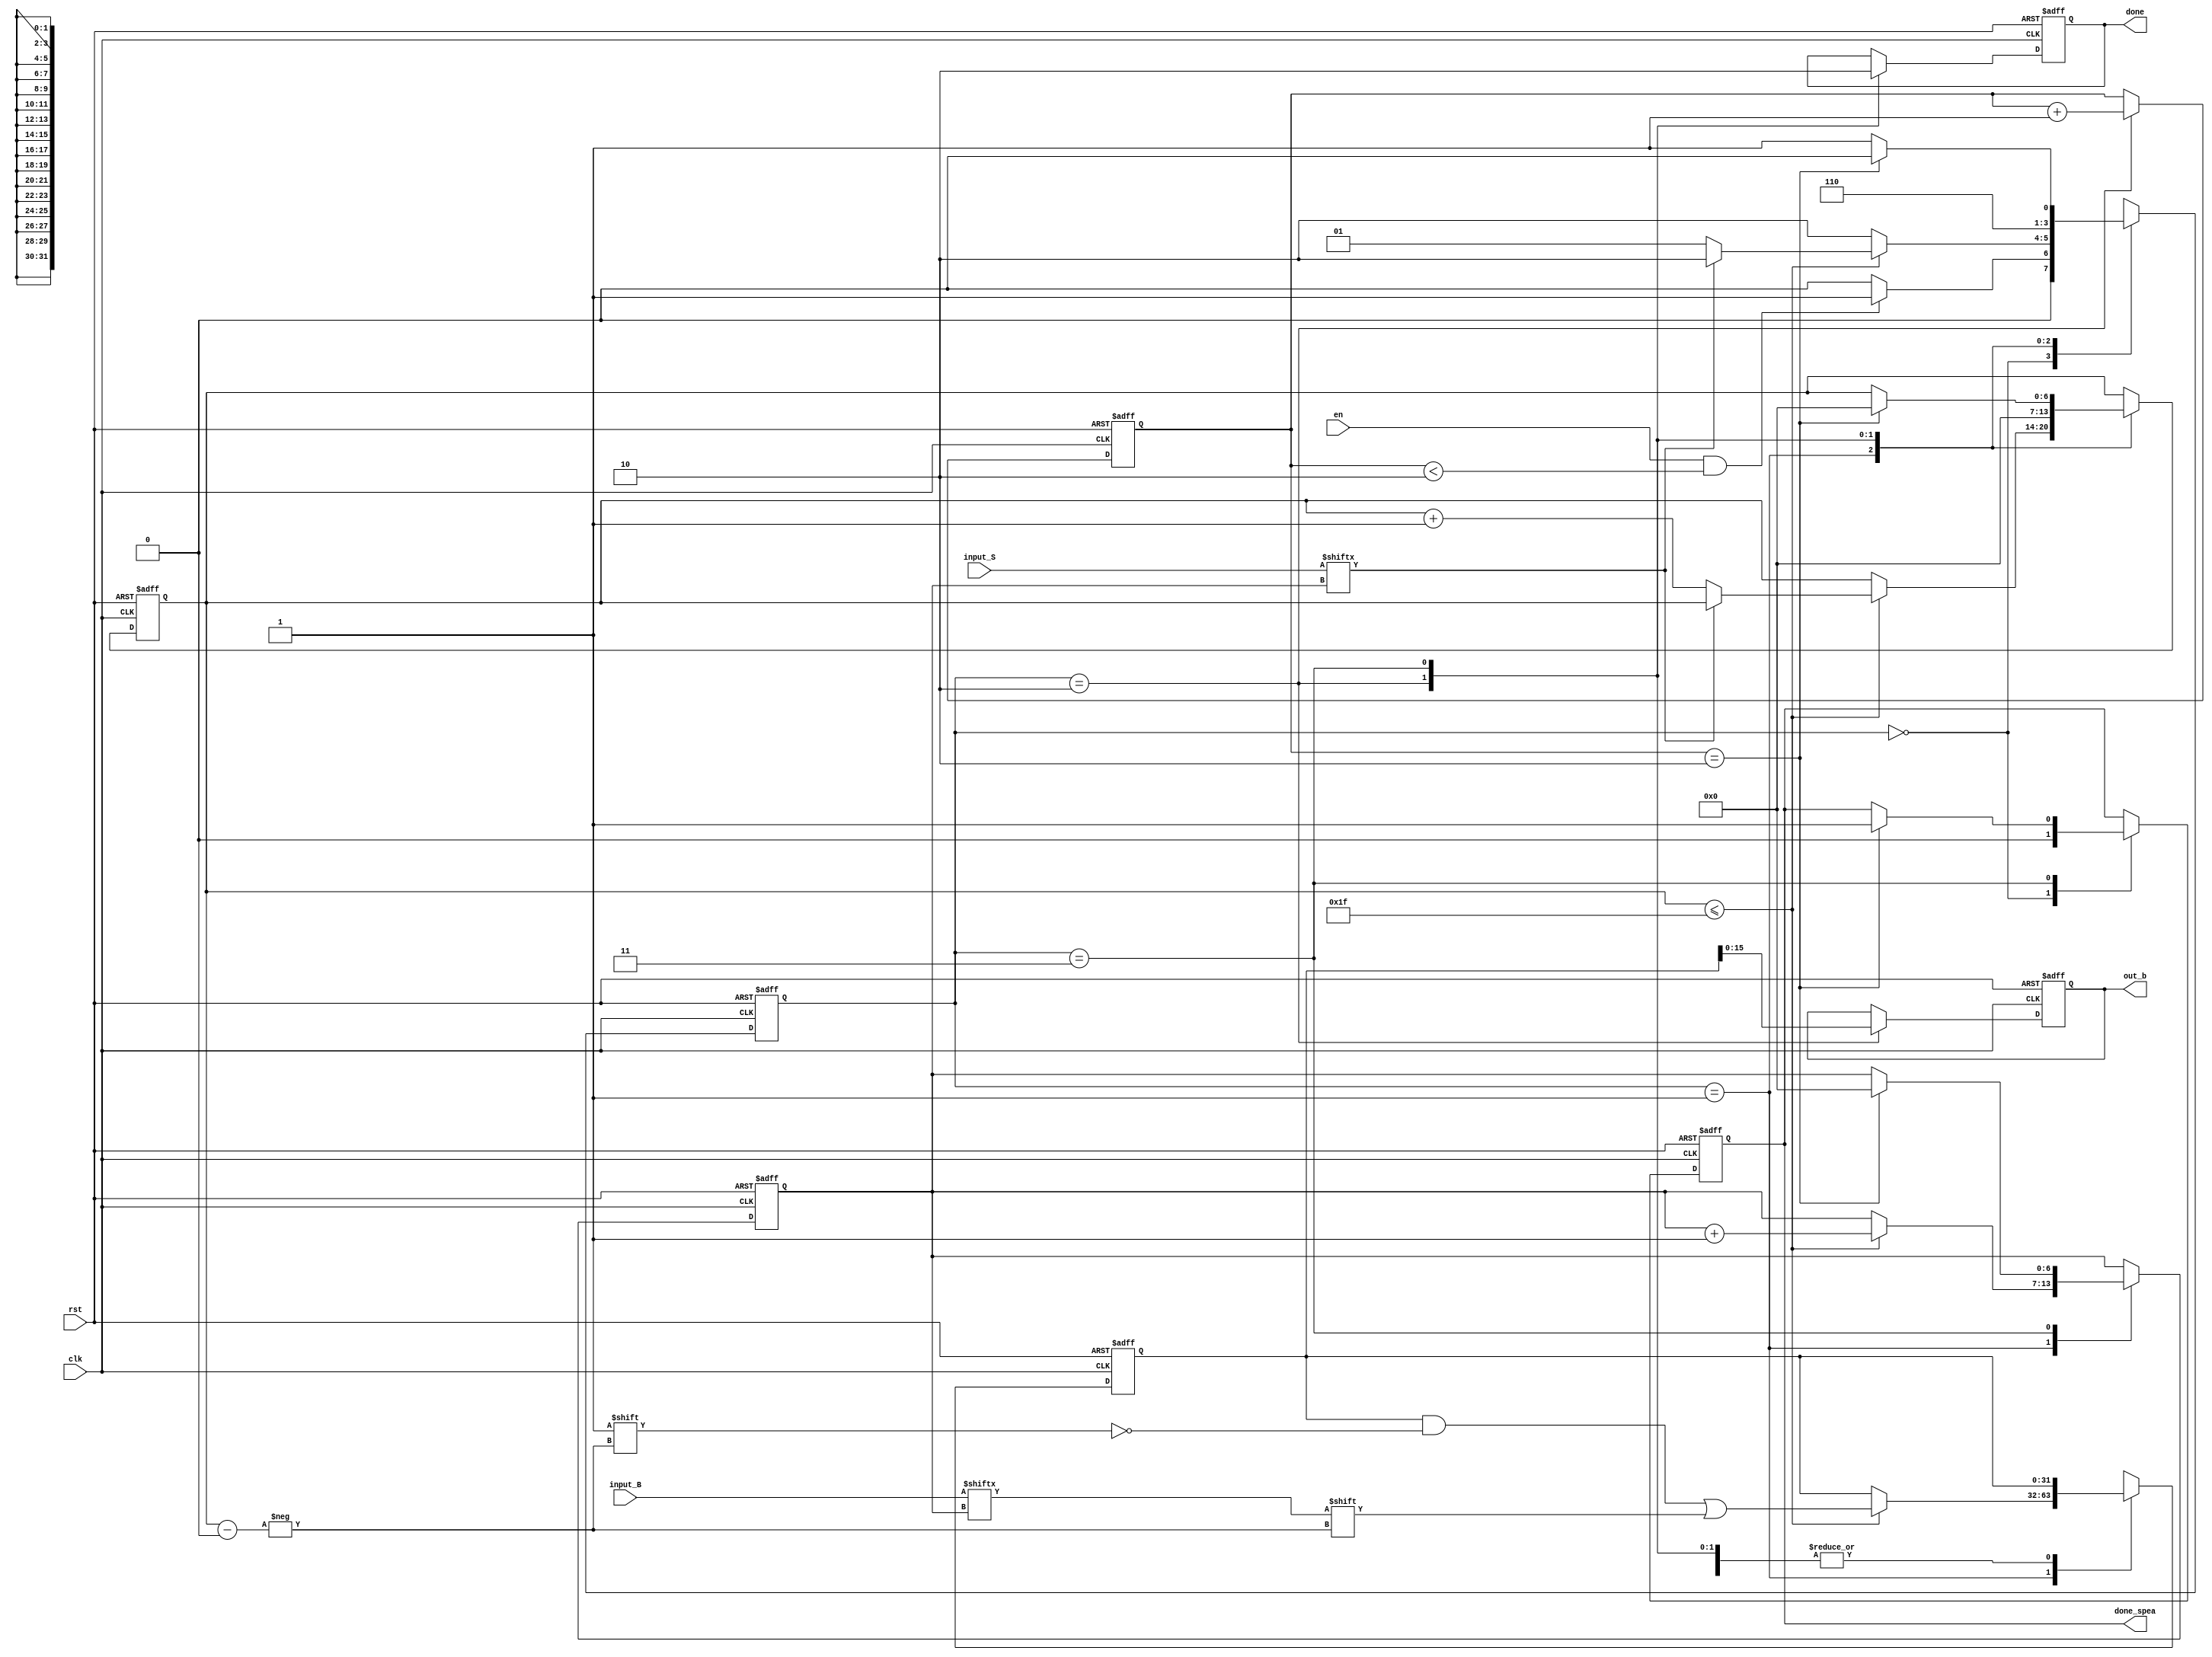
module spea(clk,rst,en,input_B,input_S,out_b,done_spea,done);
    input clk;
	 input rst;
	 input [63:0]input_B;
	 input [63:0]input_S;
	 input en;
	 output reg [15:0]out_b;
	 output  reg done_spea;
	 output reg done;
	 reg[1:0] flow_cnt;
	 reg[1:0] count;
	 reg[6:0] cnt;
	 reg[6:0] cnt_1;
	 reg [31:0] b;
	 
	 
	 always @(posedge clk or negedge rst )begin 
	        if(!rst)
			    begin
				   out_b<=0;
					done<=0;
					done_spea<=0;
					flow_cnt<=0;
					count<=0;
					cnt<=0;
					cnt_1<=0;
					b<=0;
				 end 
				else begin
				   case(flow_cnt)
					  2'd0: begin
					          done_spea<=0;
					          if((en==1)&&(count<2))
								   flow_cnt<=2'd1;
								 else
								   flow_cnt<=2'd0;
					        end 
					  2'd1: begin
					           if(cnt<=31)
								    begin
									    cnt_1<=cnt_1+1;
					                b[cnt]<=input_B[cnt_1];
								     if(input_S[cnt_1]==1)
											flow_cnt<=2'd2;
										else begin 
									     cnt<=cnt+1;
										  flow_cnt<=2'd1;
									   end  
								    end 
									else
								     begin 	
									  flow_cnt<=2'd2;
									  end 
					        end
						2'd2: begin
						         out_b<=b;
								   done<=1;
								   cnt<=0; 
									flow_cnt<=2'd3;
									count<=count+1;
					         end 	
					   2'd3:begin
						       done<=0;
						       if(count==2)
								  begin
								   done_spea<=1; 
								   cnt_1<=0;
									cnt<=0;
						//		   count<=0;
								   flow_cnt<=2'd0;
									end
								  else
								    flow_cnt<=2'd1;  
							   end 
					   default: flow_cnt<=2'd0;
					endcase 
				end 
					
			   end 
endmodule